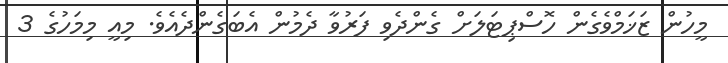
މީހުން ޒަޚަމްވެގެން ހޮސްޕިޓަލަށް ގެންދެވި ފަރުވާ ދެމުން އެބަގެންދެއެވެ. މިއީ މިމަހުގެ 3